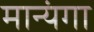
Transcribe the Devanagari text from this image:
मान्यंगा